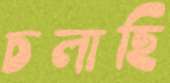
চলাছি